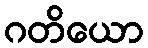
ဂတိယော